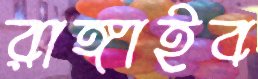
রাঙ্গাইব